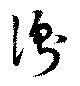
衡